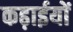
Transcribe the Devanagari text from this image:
कढ़ाईयों